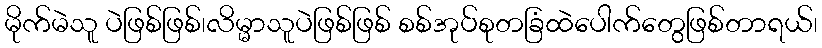
မိုက်မဲသူ ပဲဖြစ်ဖြစ်၊လိမ္မာသူပဲဖြစ်ဖြစ် စစ်အုပ်စုတခြံထဲပေါက်တွေဖြစ်တာရယ်၊